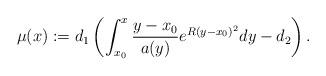
LaTeX: \begin{align*}\mu(x) := d_1\left(\int_{x_0}^x \frac{y-x_0}{a(y)}e^{R(y-x_0)^2}dy-d_2\right).\end{align*}